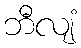
ဘီလျံ